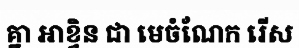
គ្នា អាខ្វិន ជា មេចំណែក រើស